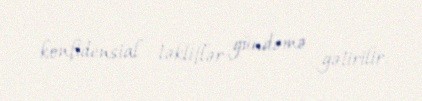
konfidensial təkliflər gündəmə gətirilir.